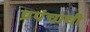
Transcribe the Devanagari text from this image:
प्रपंचाची